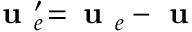
\textbf { u } _ { e } ^ { \prime } \! = \! \textbf { u } _ { e } - \textbf { u }